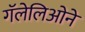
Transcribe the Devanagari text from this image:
गॅलेलिओने